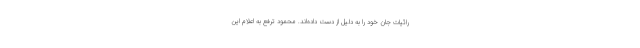
رائیات جان خود را به دلیل از دست داده‌اند. محمود ترفع به اعلام این